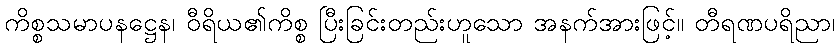
ကိစ္စသမာပနဋ္ဌေန၊ ဝီရိယ၏ကိစ္စ ပြီးခြင်းတည်းဟူသော အနက်အားဖြင့်။ တီရဏပရိညာ၊